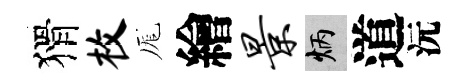
猾枚厖繪景炳道沅